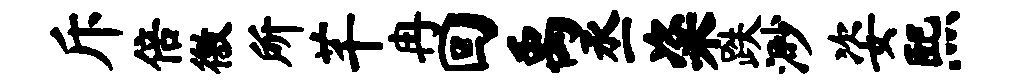
斥倍徼所芊冉回禹丞粢跌渺姿熙